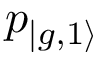
p _ { | { g , 1 \rangle } }